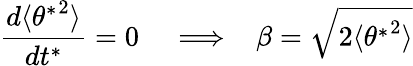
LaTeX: \frac{d\langle{\theta^{*}}^{2}\rangle}{dt^{*}}=0\; \; \; \implies\; \; \beta=\sqrt{2\langle{\theta^{*}}^{2}\rangle}